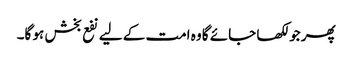
پھر جو لکھا جائے گا وہ امت کے لیے نفع بخش ہو گا۔